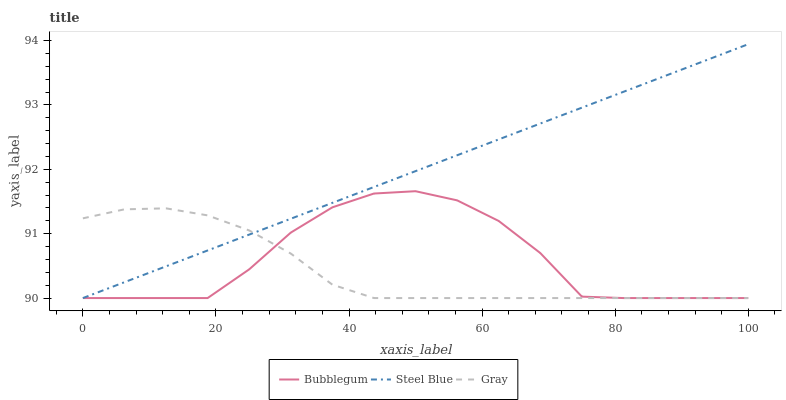
| xaxis_label | Bubblegum | Steel Blue | Gray |
 | --- | --- | --- | --- |
 | 0 | 90 | 90 | 91.2 |
 | 6.25 | 90 | 90.2 | 91.4 |
 | 12.5 | 90 | 90.5 | 91.4 |
 | 18.8 | 90 | 90.7 | 91.3 |
 | 25 | 90.4 | 91 | 91.1 |
 | 31.2 | 91 | 91.2 | 90.7 |
 | 37.5 | 91.4 | 91.5 | 90.2 |
 | 43.8 | 91.6 | 91.7 | 90 |
 | 50 | 91.7 | 92 | 90 |
 | 56.2 | 91.5 | 92.2 | 90 |
 | 62.5 | 91.2 | 92.5 | 90 |
 | 68.8 | 90.7 | 92.7 | 90 |
 | 75 | 90 | 93 | 90 |
 | 81.2 | 90 | 93.2 | 90 |
 | 87.5 | 90 | 93.5 | 90 |
 | 93.8 | 90 | 93.7 | 90 |
 | 100 | 90 | 93.9 | 90 |